Vabadussoja_Ajaloo_Komitee, lk 68
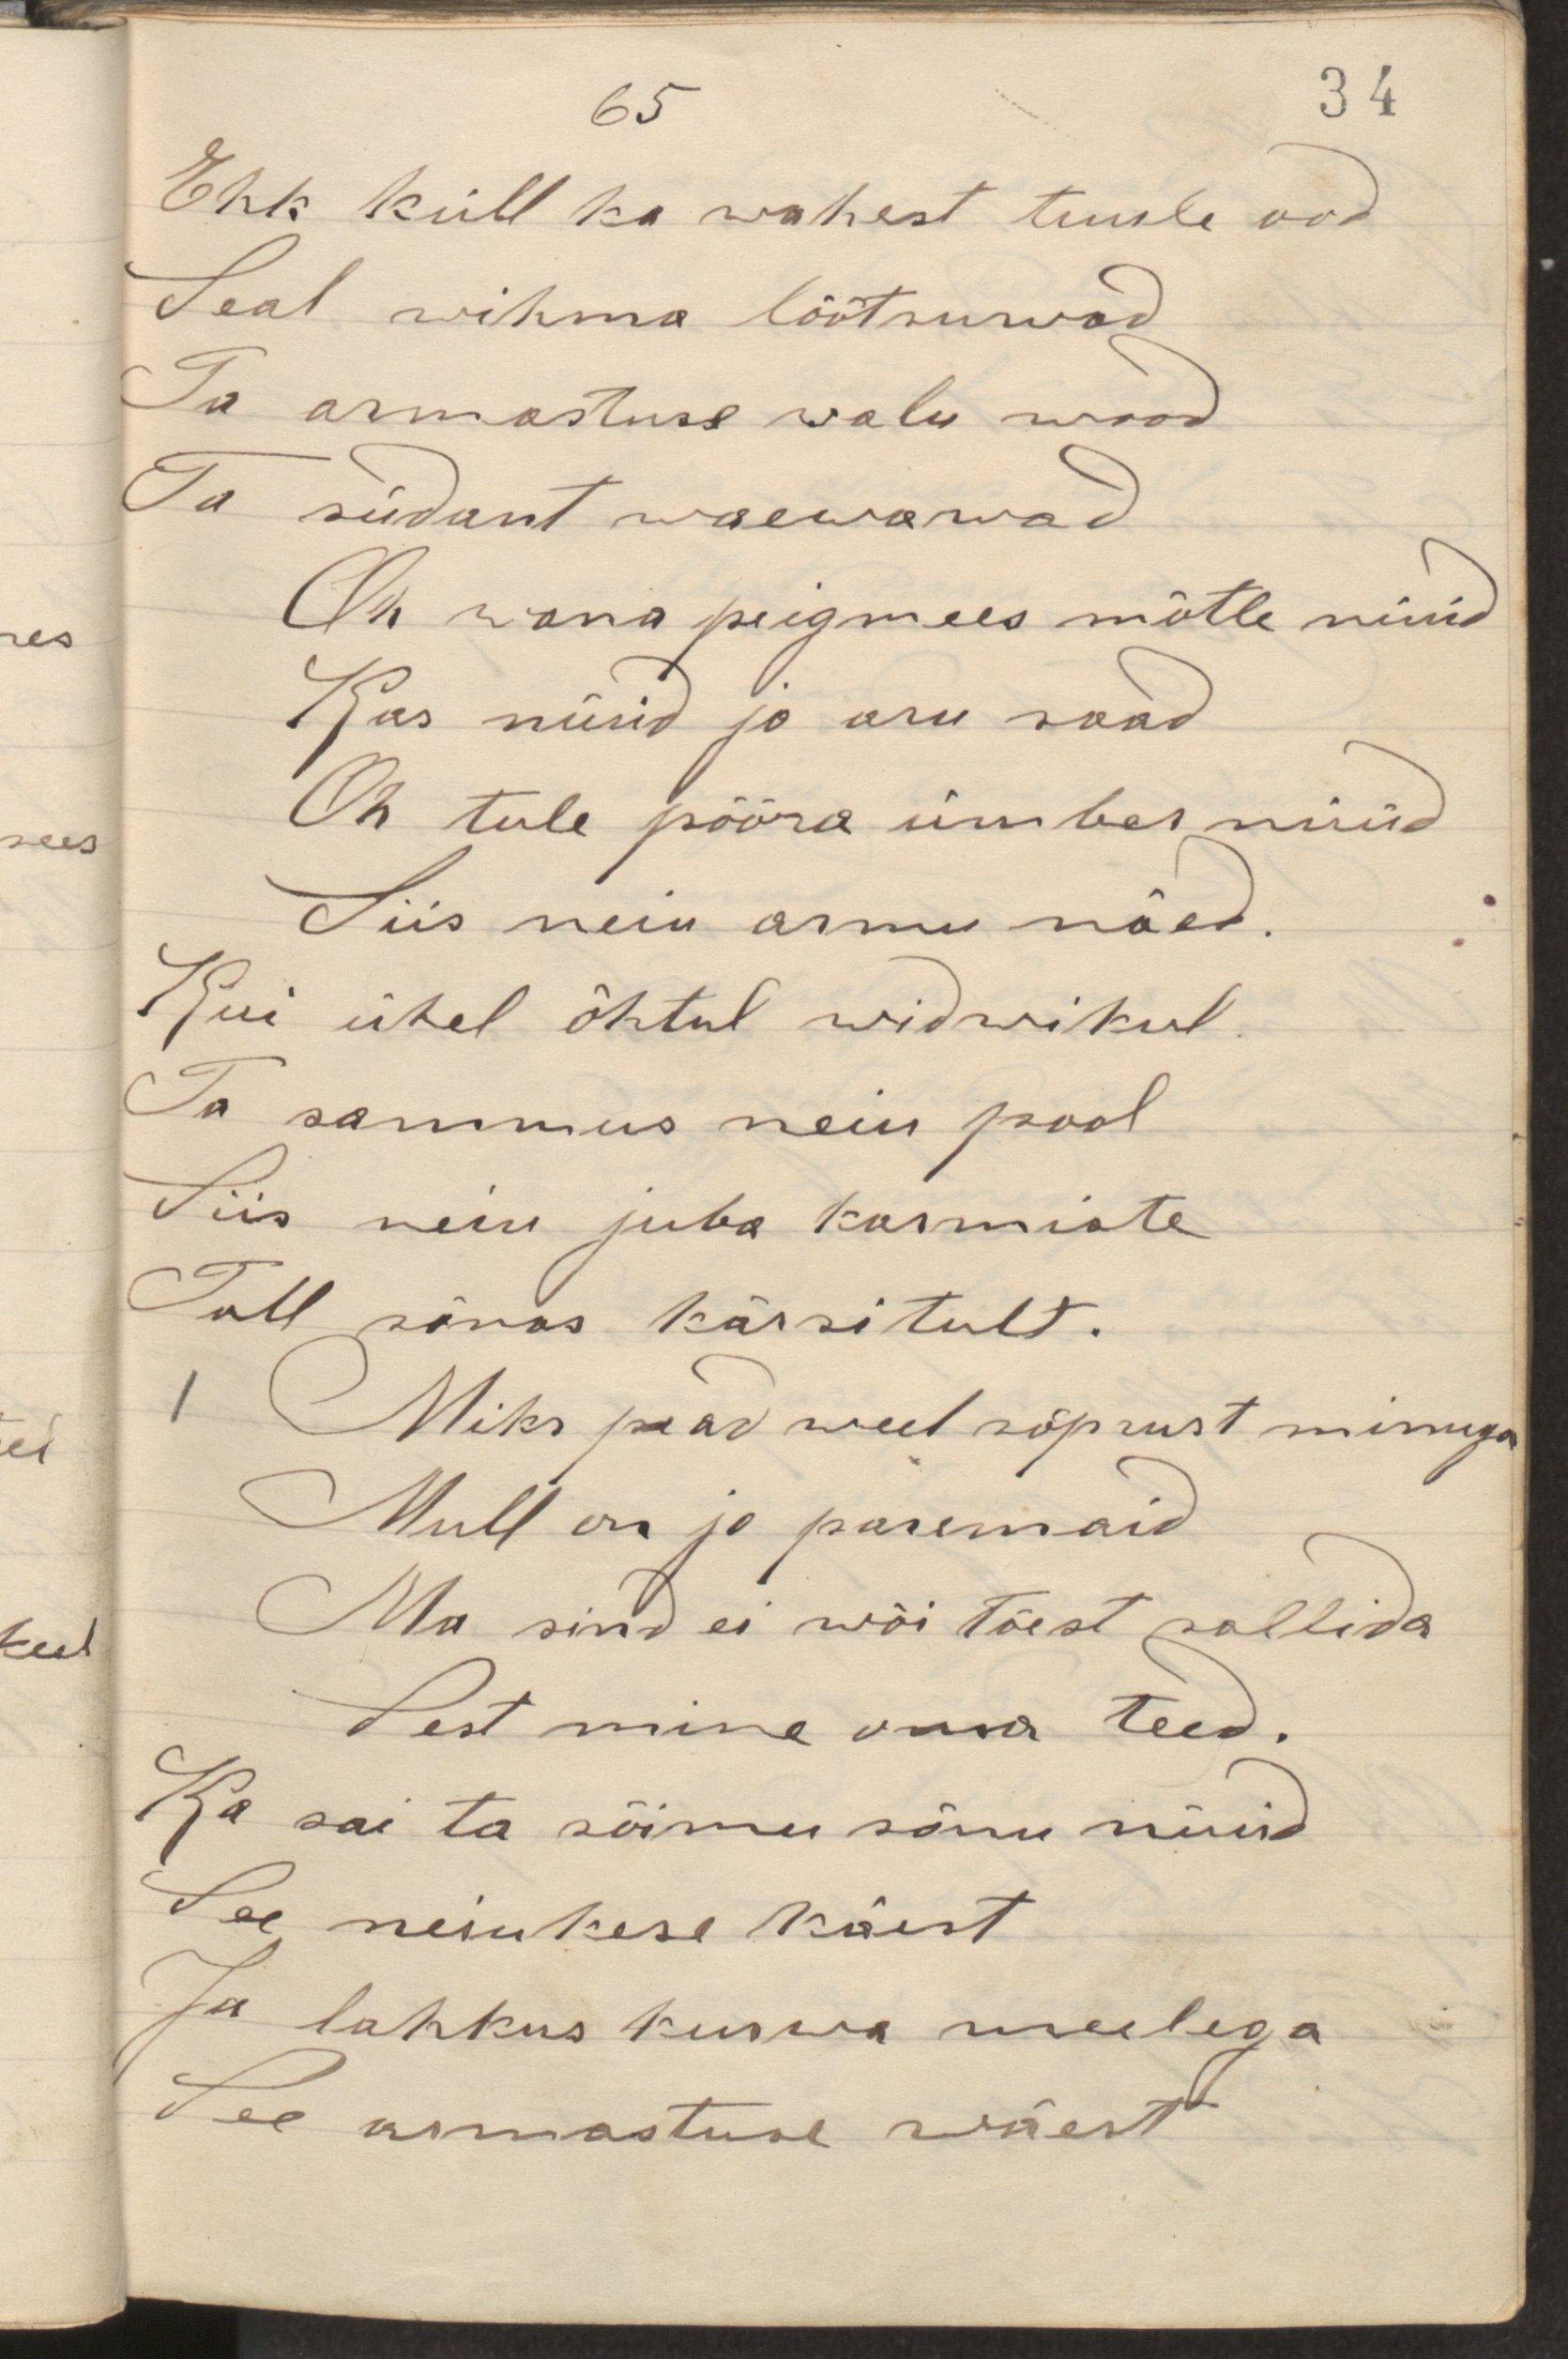
Ehk küll ka wahest tuule ood
Seal wihma lõõtsuwad
Ta armastuse walu wood
Ta südant waewawad
Oh wana peigmees mõtle nüüd
Kas nürid jo aru saad
Oh tule pööra ümber nüüd
Siis neiu armu näed.
Kui ühel õhtul widwikul
Ta sammus neiu pool
Siis neiu juba karmiste
Tall sõnas kärsitult.
Miks pead weel sõprust minuga
Mull on jo paremaid
Ma sind ei wõi tõest sallida
Sest mine oma teed.
Ka sai ta sõimu sõnu nüüd
Sai neiukese käest
Ja lahkus kurwa meelega
See armastuse wäest